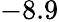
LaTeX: -8.9